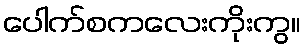
ပေါက်စကလေးကိုးကွ။